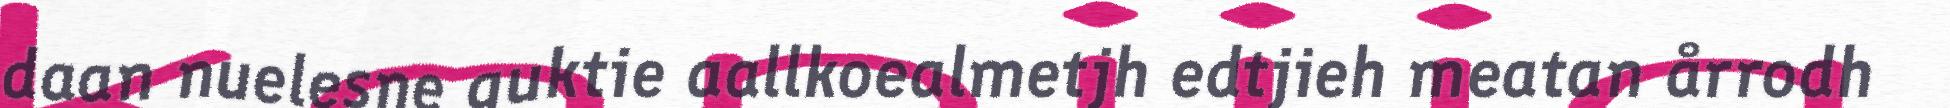
daan nuelesne guktie aallkoealmetjh edtjieh meatan årrodh